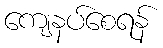
ကျေနပ်စေရန်